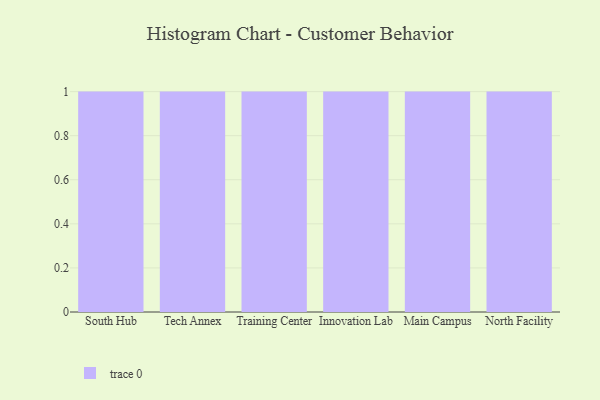
{"axis": {"x": "Campus", "y": "Waste Production (Tons)"}, "legend": [""], "data": [{"x": "South Hub", "y": 51, "type": ""}, {"x": "Tech Annex", "y": 38, "type": ""}, {"x": "Training Center", "y": 38, "type": ""}, {"x": "Innovation Lab", "y": 51, "type": ""}, {"x": "Main Campus", "y": 14, "type": ""}, {"x": "North Facility", "y": 39, "type": ""}]}